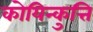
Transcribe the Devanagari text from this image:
कोयिन्कुत्ति